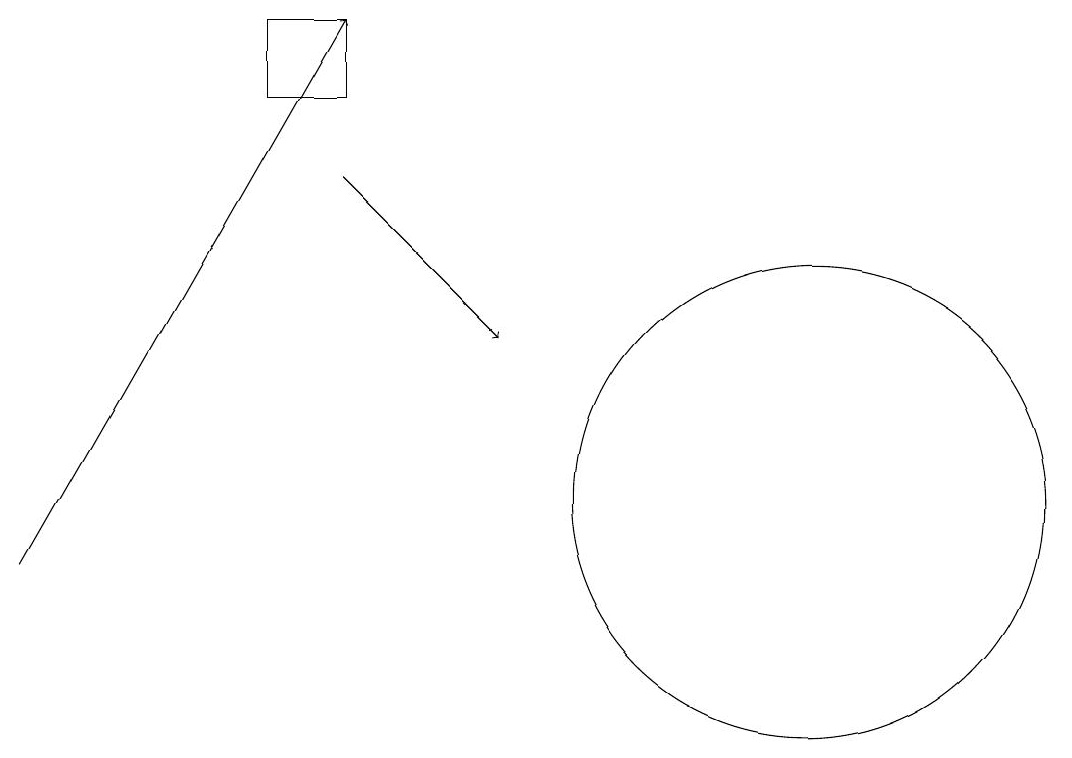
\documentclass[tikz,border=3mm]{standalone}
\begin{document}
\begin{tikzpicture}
\draw[->] (5,16) -- (7,14);
\draw[->] (1,11) -- (5,18);
\draw (5,17) rectangle (4,18);
\draw (11,12) circle (3);
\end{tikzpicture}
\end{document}